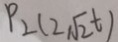
P _ { 2 } ( 2 \sqrt { 2 } t )